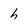
Character: h